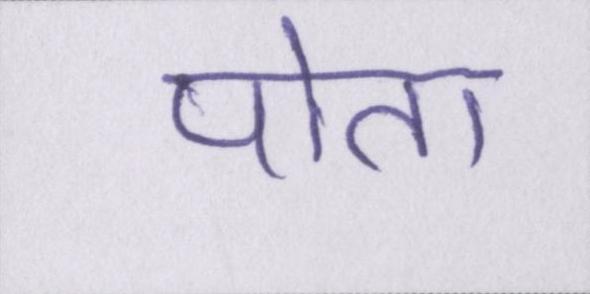
पोता